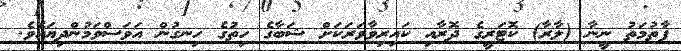
ފާތުމަތު ނީނާ (ލާރާ) ކޮޓަރީގެ ދޮރާއި ކައިރިވާވަރަކަށް ޝަބާގެ ހިތުގެ ހިނގުން އަވަސްވަމުންދިޔައެވެ.